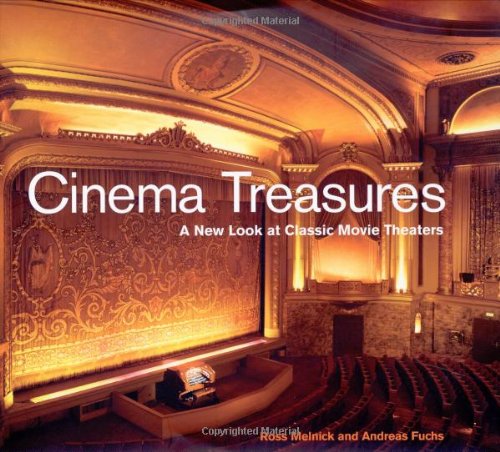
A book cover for Cinema Treasures: A New Look at Classic Movie Theaters; Ross Melnick; Humor & Entertainment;